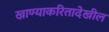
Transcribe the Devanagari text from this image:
खाण्याकरितादेखील